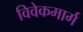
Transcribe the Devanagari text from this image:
विवेकमार्ग